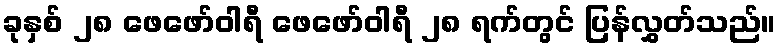
ခုနှစ် ၂၈ ဖေဖော်ဝါရီ ဖေဖော်ဝါရီ ၂၈ ရက်တွင် ပြန်လွှတ်သည်။